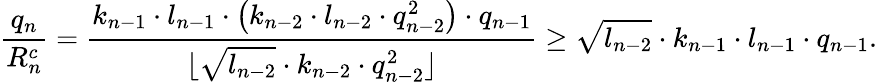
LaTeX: \frac{q_{n}}{R_{n}^{c}}=\frac{k_{n-1}\cdot l_{n-1}\cdot\left(k_{n-2}\cdot l_{n-2}\cdot q_{n-2}^{2}\right)\cdot q_{n-1}}{\lfloor\sqrt{l_{n-2}}\cdot k_{n-2}\cdot q_{n-2}^{2}\rfloor}\geq\sqrt{l_{n-2}}\cdot k_{n-1}\cdot l_{n-1}\cdot q_{n-1}.